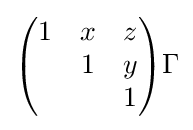
{\begin{pmatrix}1&x&z\\&1&y\\&&1\end{pmatrix}}\Gamma